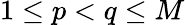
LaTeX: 1\leq p<q\leq M